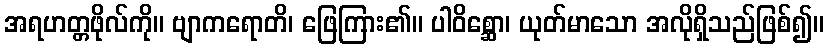
အရဟတ္တဖိုလ်ကို။ ဗျာကရောတိ၊ ဖြေကြား၏။ ပါဝိစ္ဆော၊ ယုတ်မာသော အလိုရှိသည်ဖြစ်၍။